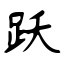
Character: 跃